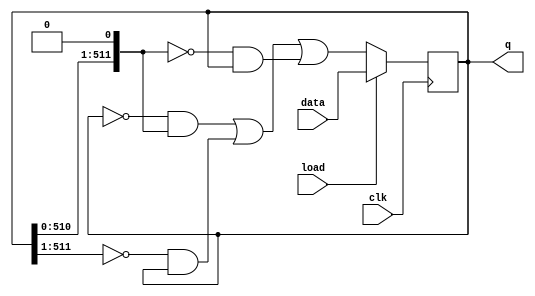
module top_module(
    input clk,
    input load,
    input [511:0] data,
    output [511:0] q
); 
    always @ ( posedge clk ) begin
        if ( load )
            q	<=	data;
        else
            q	<=	(
                ( ~q & (q << 1) ) |
                ( ~(q >> 1) & q )  |
                ( ~(q << 1) & q )
            		);
    end

endmodule